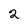
Character: 2